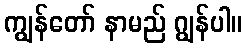
ကျွန်တော် နာမည် ဂျွန်ပါ။